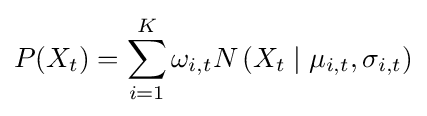
P(X_{t})=\sum _{i=1}^{K}\omega _{i,t}N\left(X_{t}\mid \mu _{i,t},\sigma _{i,t}\right)